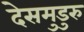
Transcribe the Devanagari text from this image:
देसमुडुरु